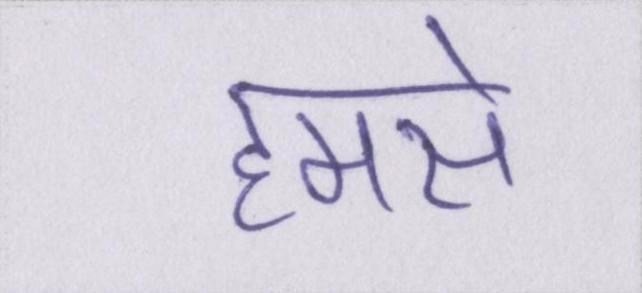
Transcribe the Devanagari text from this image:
हमसे